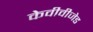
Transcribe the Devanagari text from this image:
केवीवीजेड